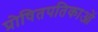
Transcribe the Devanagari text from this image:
प्रोषितपतिकाओं